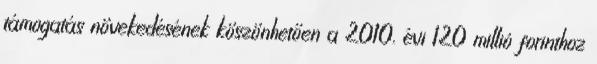
támogatás növekedésének köszönhetően a 2010. évi 120 millió forinthoz